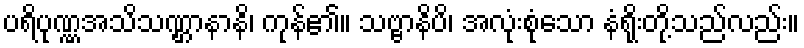
ပရိပုဏ္ဏအသိသဏ္ဌာနာနိ၊ ကုန်၏။ သဗ္ဗာနိပိ၊ အလုံးစုံသော နံရိုးတို့သည်လည်း။